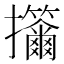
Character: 𢺣